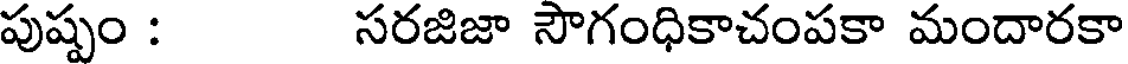
పుష్పం : సరజిజా సౌగంధికాచంపకా మందారకా